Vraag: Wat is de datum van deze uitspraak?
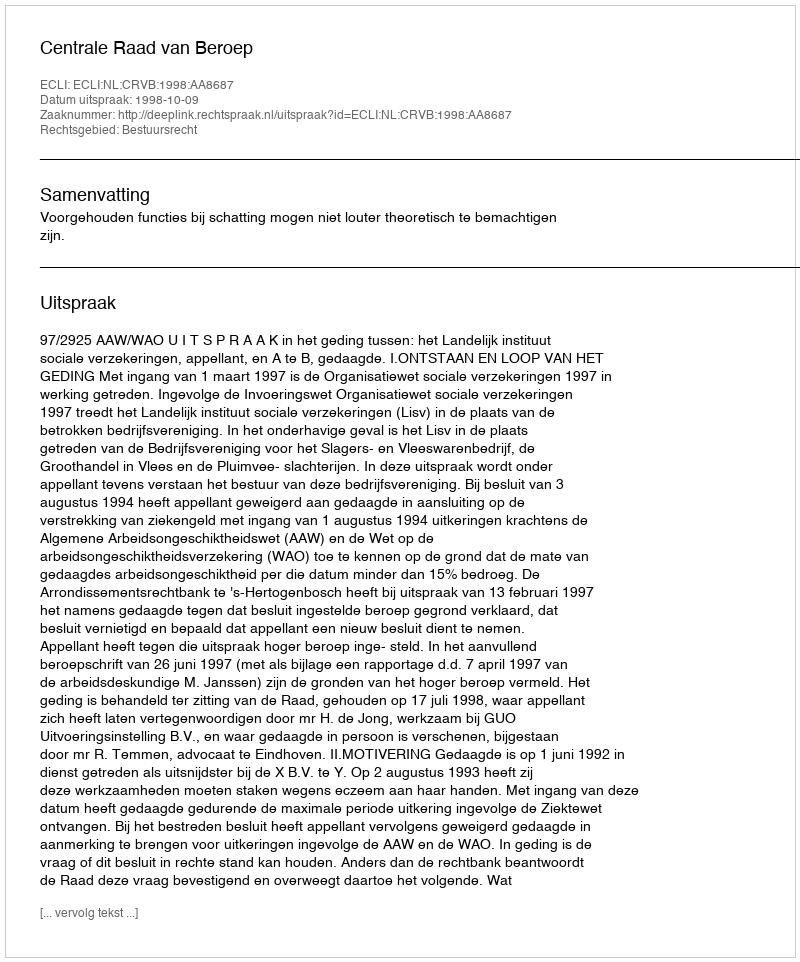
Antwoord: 1998-10-09